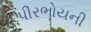
પીરભોયની